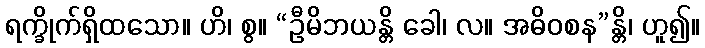
ရက္ခိုက်ရှိထသော။ ဟိ၊ စွ။ “ဦမိဘယန္တိ ခေါ၊ လ။ အဓိဝစန”န္တိ၊ ဟူ၍။